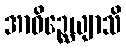
အာဝိဉ္ဆေယျာသိ